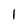
Character: l